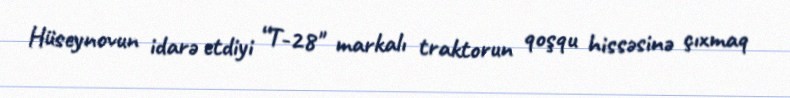
Hüseynovun idarə etdiyi “T-28" markalı traktorun qoşqu hissəsinə çıxmaq